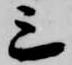
三